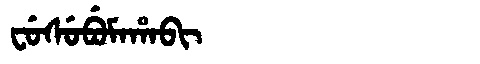
Manchu: ᠸᡠᠰᡠᠪᡠᠮᠠᡥᠠᠪᡳ
Romanization: FUSUBUMAHABI